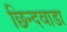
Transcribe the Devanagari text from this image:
छिन्दवाडा